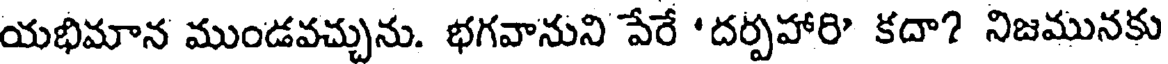
యభిమాన ముండవచ్చును. భగవానుని పేరే 'దర్పహారి కదా? నిజమునకు